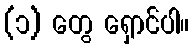
(၁) တွေ ရှောင်ပါ။